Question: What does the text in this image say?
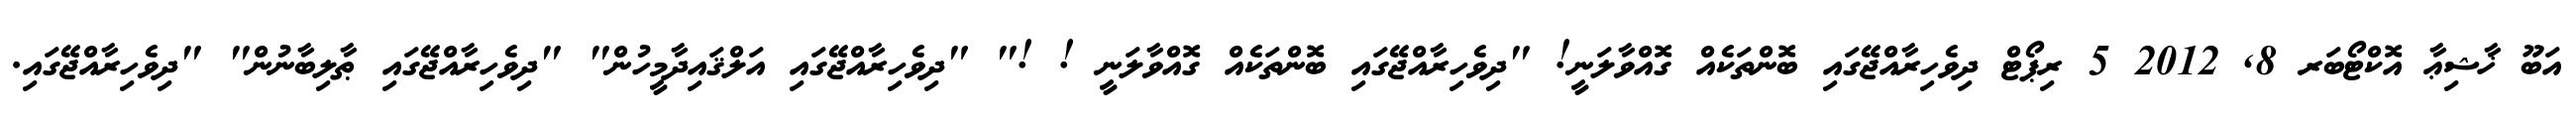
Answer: އަބޫ ޚާޝިޢާ އޮކްޓޯބަރ 8, 2012 5 ރިޕޯޓް ދިވެހިރާއްޖޭގައި ބޮންތަކެއް ގޮއްވާލަނީ! "ދިވެހިރާއްޖޭގައި ބޮންތަކެއް ގޮއްވާލަނީ ! !" "ދިވެހިރާއްޖޭގައި އަލްޤައިދާމީހުން" "ދިވެހިރާއްޖޭގައި ޠާލިބާނުން" "ދިވެހިރާއްޖޭގައި.